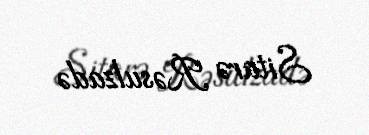
Sitarə Rəsulzadə